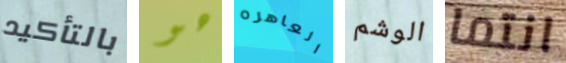
بالتأكيد هو العاهره الوشم انتما